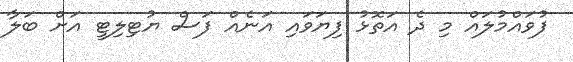
ފުވައްމުލައް މި ދެ އަތޮޅު ފިޔަވައި އަނެއްް ފަސް ޔުޓިލިޓީ އަށް ބަލާ